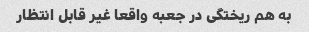
به هم ریختگی در جعبه واقعا غیر قابل انتظار